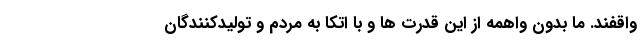
واقفند. ما بدون واهمه از این قدرت ها و با اتکا به مردم و تولیدکنندگان